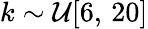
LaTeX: k\sim\mathcal{U}[6,\, 20]